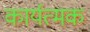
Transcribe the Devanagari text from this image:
कार्यत्मक